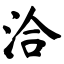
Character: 洽